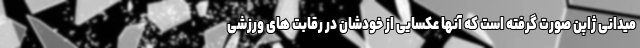
میدانی ژاپن صورت گرفته است که آنها عکسایی از خودشان در رقابت های ورزشی